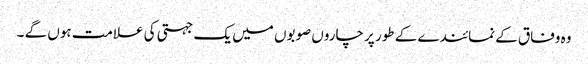
وہ وفاق کے نمائندے کے طور پر چاروں صوبوں میں یک جہتی کی علامت ہوں گے ۔